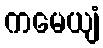
ကမေယျံ